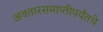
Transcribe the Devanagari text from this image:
अवतारसमाप्तीपर्यंतचे